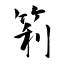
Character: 筣